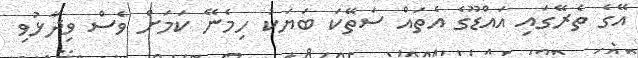
އޭގެ ތެރޭގައި އައްޑޫގެ އެތައް ސަތޭކަ ބަޔަކު ހިމެނޭ ކަމަށް ވެސް ވިދާޅުވި